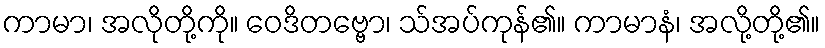
ကာမာ၊ အလိုတို့ကို။ ဝေဒိတဗ္ဗော၊ သ်အပ်ကုန်၏။ ကာမာနံ၊ အလို့တို့၏။